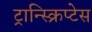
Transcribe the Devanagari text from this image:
ट्रान्स्क्रिप्टेस